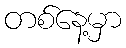
တစ်နေ့မှာ